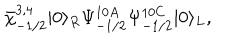
\bar { \chi } _ { - 1 / 2 } ^ { 3 , 4 } | 0 \rangle _ { R } \Psi _ { - 1 / 2 } ^ { 1 0 A } \Psi _ { - 1 / 2 } ^ { 1 0 C } | 0 \rangle _ { L } ,